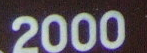
2000